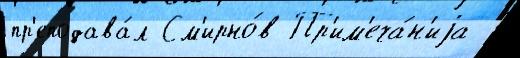
пр'еподава́л См'ирно́в Пр'им'еча́н'иjа